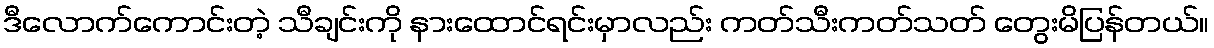
ဒီလောက်ကောင်းတဲ့ သီချင်းကို နားထောင်ရင်းမှာလည်း ကတ်သီးကတ်သတ် တွေးမိပြန်တယ်။